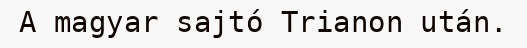
A magyar sajtó Trianon után.